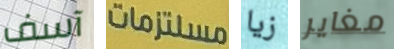
آسف مستلزمات زيا مغاير